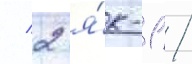
/ 2 я́к-1 /